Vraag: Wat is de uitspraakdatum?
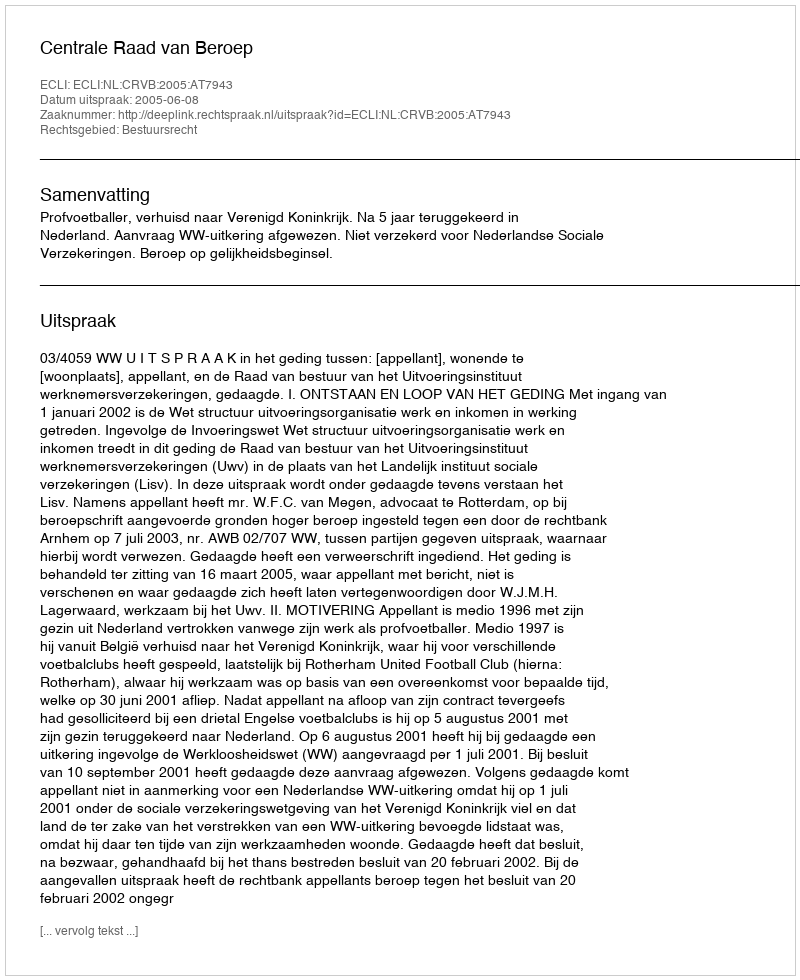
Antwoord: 2005-06-08